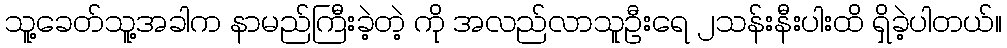
သူ့ခေတ်သူ့အခါက နာမည်ကြီးခဲ့တဲ့ ကို အလည်လာသူဦးရေ ၂သန်းနီးပါးထိ ရှိခဲ့ပါတယ်။